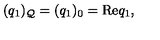
( q _ { 1 } ) _ { \cal Q } = ( q _ { 1 } ) _ { 0 } = \mathrm { R e } q _ { 1 } ,